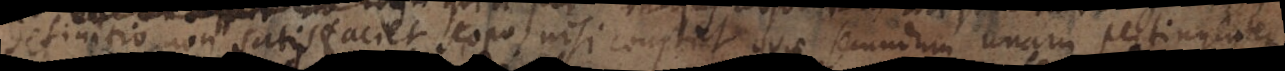
definitio non satis faciet scopo nisi conptet quae secundum unam pertingentem